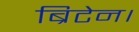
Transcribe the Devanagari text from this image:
ब्रिटेन।